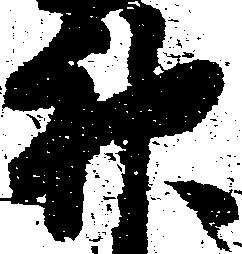
神